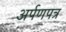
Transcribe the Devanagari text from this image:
अर्पणपत्र